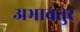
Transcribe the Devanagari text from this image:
अभावतुर